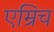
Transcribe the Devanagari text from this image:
एम्रिच